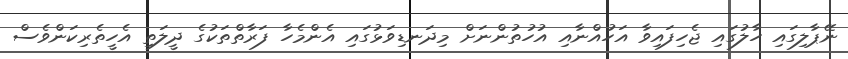
ނޭޕާލިގައި ހާލުގައި ޖެހިފައިވާ އަހުއްނާއި އުހުތުންނަށް މިދަނޑިވަޅުގައި އެންމެހާ ފަރާތްތަކުގެ ދީލަތި އެހީތެރިކަންވެސް